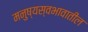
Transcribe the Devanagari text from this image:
मनुष्यस्वभावातील